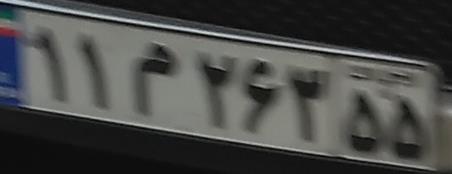
۱۱م۲۶۳۵۵